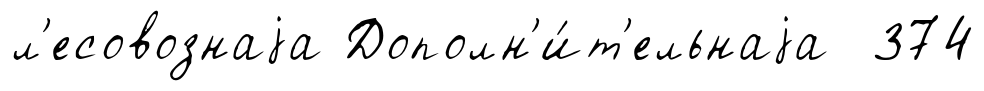
л'есовознаjа Дополн'и́т'ельнаjа 374